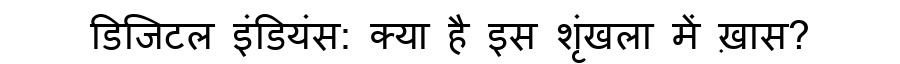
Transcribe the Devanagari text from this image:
डिजिटल इंडियंस: क्या है इस शृंखला में ख़ास?